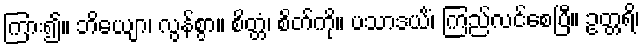
ကြား၍။ ဘိယျော၊ လွန်စွာ။ စိတ္တံ၊ စိတ်ကို။ ပသာဒယိံ၊ ကြည်လင်စေပြီ။ ဥတ္တရိ၊